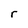
Character: r